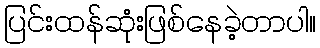
ပြင်းထန်ဆုံးဖြစ်နေခဲ့တာပါ။